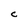
Character: C